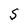
Character: S